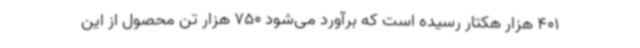
401 هزار هکتار رسیده است که برآورد می‌شود 750 هزار تن محصول از این